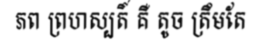
ភព ព្រហស្បតិ៍ គឺ តូច ត្រឹមតែ